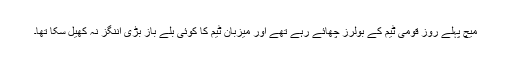
میچ پہلے روز قومی ٹیم کے بولرز چھائے رہے تھے اور میزبان ٹیم کا کوئی بلے باز بڑی اننگز نہ کھیل سکا تھا۔